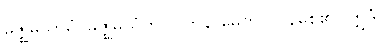
မဇ္ဈိမယာမံ၊ မဇ္ဈိမယံကို။ ဝိတိနာမေတိ၊ လွန်စေ၏။ ဣဒံ၊